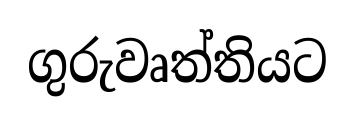
ගුරුවෘත්තියට